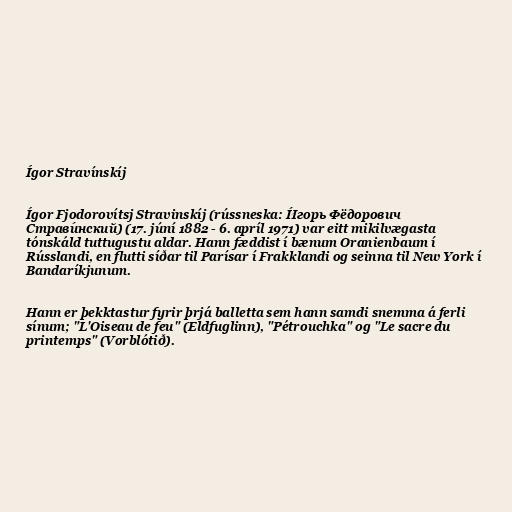
Ígor Stravínskíj

Ígor Fjodorovítsj Stravinskíj (rússneska: И́горь Фёдорович
Страви́нский) (17. júní 1882 - 6. apríl 1971) var eitt mikilvægasta
tónskáld tuttugustu aldar. Hann fæddist í bænum Oranienbaum í
Rússlandi, en flutti síðar til Parísar í Frakklandi og seinna til New York í
Bandaríkjunum.

Hann er þekktastur fyrir þrjá balletta sem hann samdi snemma á ferli
sínum; "L'Oiseau de feu" (Eldfuglinn), "Pétrouchka" og "Le sacre du
printemps" (Vorblótið).